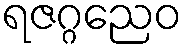
ရဇဂ္ဂညေဝ